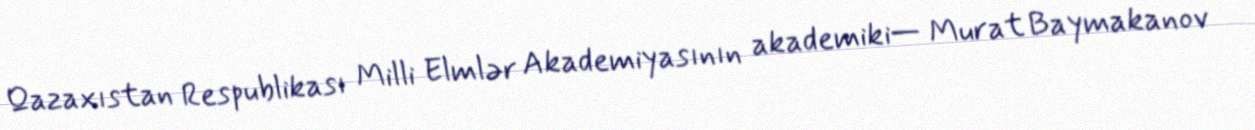
Qazaxıstan Respublikası Milli Elmlər Akademiyasının akademiki— Murat Baymakanov